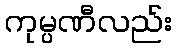
ကုမ္ပဏီလည်း